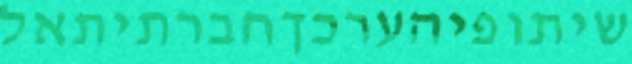
שיתופיהערכךחברתיתאל